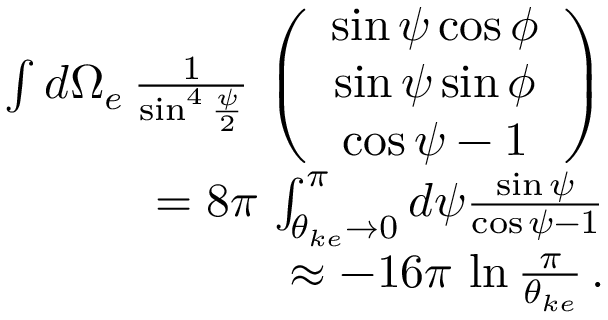
\begin{array} { r l r } & { } & { \int d \Omega _ { e } \, \frac { 1 } { \sin ^ { 4 } \frac { \psi } { 2 } } \, \left( \begin{array} { c } { \sin \psi \cos \phi } \\ { \sin \psi \sin \phi } \\ { \cos \psi - 1 } \end{array} \right) } \\ & { } & { = 8 \pi \, \int _ { \theta _ { k e } \rightarrow 0 } ^ { \pi } d \psi \frac { \sin \psi } { \cos \psi - 1 } } \\ & { } & { \approx - 1 6 \pi \, \ln \frac { \pi } { \theta _ { k e } } \, . } \end{array}